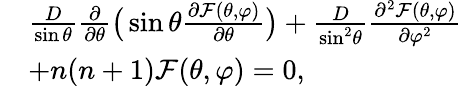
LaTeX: \begin{array}{rl}&{\frac{D}{{\sin\theta}}\frac{\partial}{{\partial\theta}}\big(\sin\theta\frac{{\partial\mathcal{F}(\theta,\varphi)}}{{\partial\theta}}\big)+\frac{D}{{{{\sin}^{2}}\theta}}\frac{{{\partial^{2}}\mathcal{F}(\theta,\varphi)}}{{\partial{\varphi^{2}}}}}\\ &{+{n(n+1)}\mathcal{F}(\theta,\varphi)=0,}\end{array}